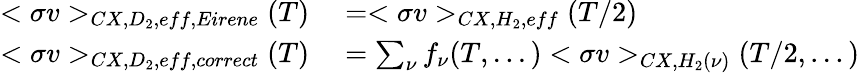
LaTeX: \begin{array}{rl}{<\sigma v>_{CX,D_{2},eff,Eirene}(T)}&{{}=<\sigma v>_{CX,H_{2},eff}(T/2)}\\ {<\sigma v>_{CX,D_{2},eff,correct}(T)}&{{}=\sum_{\nu}f_{\nu}(T,...)<\sigma v>_{CX,H_{2}(\nu)}(T/2,...)}\end{array}